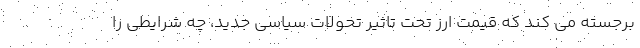
برجسته می کند که قیمت ارز تحت تاثیر تحولات سیاسی جدید، چه شرایطی را